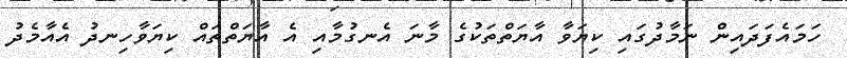
ހަމައެފަދައިން ނަމާދުގައި ކިޔަވާ އާޔަތްތަކުގެ މާނަ އެނގުމާއި އެ އާޔަތްތައް ކިޔަވާހިނދު އެއާމެދު